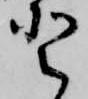
登